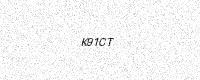
Text: K91CT